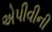
એપીવીની